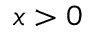
x > 0